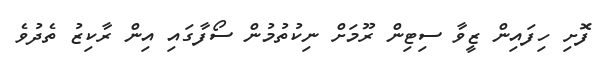
ފޮށި ހިފައިން ޒީވާ ސިޓިން ރޫމަށް ނިކުތުމުން ސޯފާގައި އިން ރާކިޒު ތެދުވެ